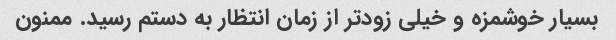
بسیار خوشمزه و خیلی زودتر از زمان انتظار به دستم رسید. ممنون